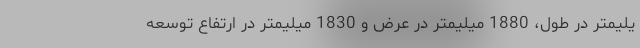
یلیمتر در طول، 1880 میلیمتر در عرض و 1830 میلیمتر در ارتفاع توسعه